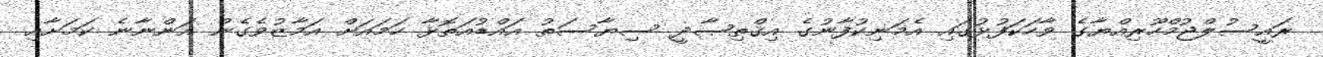
ރައީސުލްޖުމްހޫރިއްޔާގެ ވާހަކަފުޅުގައި އެމަނިކުފާނުގެ އިޤްތިޞާދީ ސިޔާސަތު އައްޑުއަތޮޅާ ހަމައަށް އަމާޒުވެގެން އަންނާނެ ކަމަށާއި